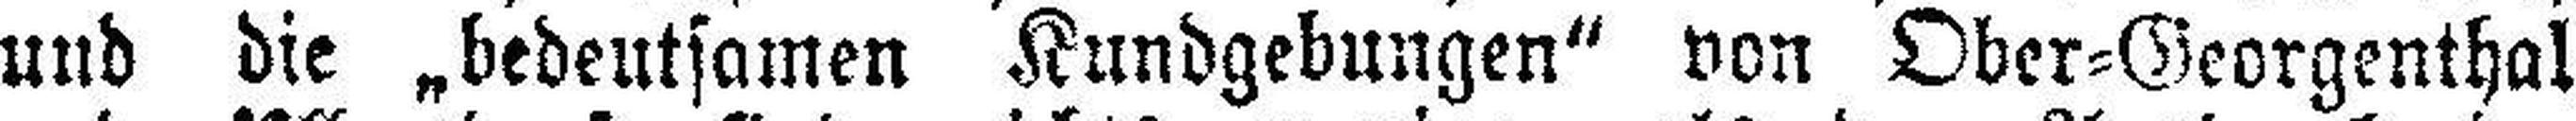
und die „bedeutsamen Kundgebungen“ von Ober=Georgenthal